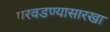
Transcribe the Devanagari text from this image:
परवडण्यासारखा